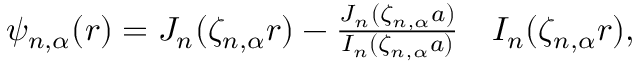
\begin{array} { r l } { \psi _ { n , \alpha } ( r ) = J _ { n } ( \zeta _ { n , \alpha } r ) - \frac { J _ { n } ( \zeta _ { n , \alpha } a ) } { I _ { n } ( \zeta _ { n , \alpha } a ) } } & { { } I _ { n } ( \zeta _ { n , \alpha } r ) , } \end{array}